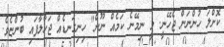
ކޮށްލަ ހުންނަން ޖެހޭނީ. މީ ނިމޭނެ ކަމެއް ނޫން" ހިނިގަނޑެއް ޖަހާލާފައި ބުންޏެވެ.